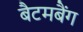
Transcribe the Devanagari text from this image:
बैटमबैंग